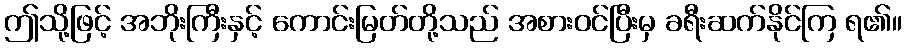
ဤသို့ဖြင့် အဘိုးကြီးနှင့် ကောင်းမြတ်တို့သည် အစားဝင်ပြီးမှ ခရီးဆက်နိုင်ကြ ရ၏။